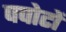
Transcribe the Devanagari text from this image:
पपोटों